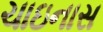
ચાઇનાસ